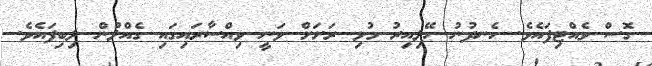
ގޮސް ވެއްޓިފައެވެ. ހެނދުނު ހޭލިއިރު މުޅި ރަށަށް ވަނީ ވިއްސާރައިގައި ގެއްލުން ލިބިފައެވެ.